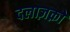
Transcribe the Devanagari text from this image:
दलाज़क़ों